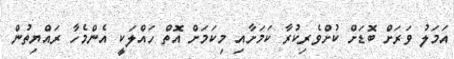
އަމަލު ވަރަށް ބޮޑަށް ކުށްވެރިކުރާ ކަމަށާއި މިކަމަށް އޮތް ހައްލަކީ އެންމެހާ ރައްޔިތުން